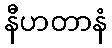
နီဟတာနံ